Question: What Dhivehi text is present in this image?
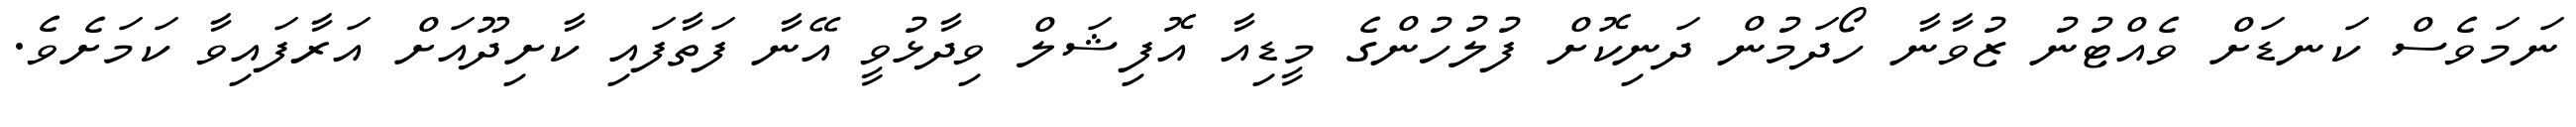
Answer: ނަމަވެސް ކަނޑަށް ވެއްޓުނު ޒުވާނާ ހޯދަމުން ދަނިކޮށް ފުލުހުންގެ މީޑިއާ އޮފިޝަލް ވިދާޅުވީ އޭނާ ފަތާފައި ކާށިދޫއަށް އަރާފައިވާ ކަމަށެވެ.